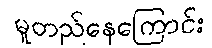
မူတည်နေကြောင်း